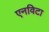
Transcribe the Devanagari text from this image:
एनविटा